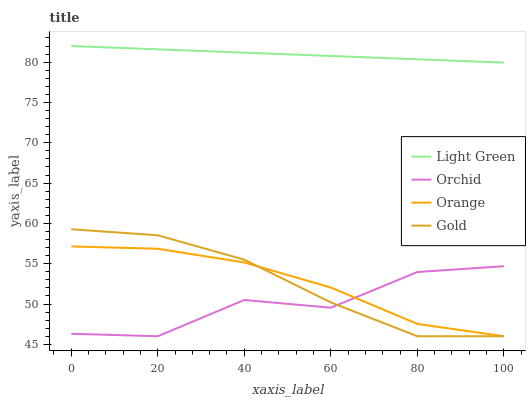
| xaxis_label | Light Green | Orchid | Orange | Gold |
 | --- | --- | --- | --- | --- |
 | 0 | 82 | 46.3 | 57.1 | 59.3 |
 | 20 | 81.6 | 46 | 56.9 | 58.5 |
 | 40 | 81.2 | 50.5 | 55.2 | 55.5 |
 | 60 | 80.8 | 49.5 | 52 | 50.2 |
 | 80 | 80.4 | 54 | 47.5 | 46 |
 | 100 | 79.9 | 54.7 | 46 | 46 |